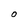
Character: O